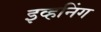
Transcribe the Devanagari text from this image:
इव्हनिंग